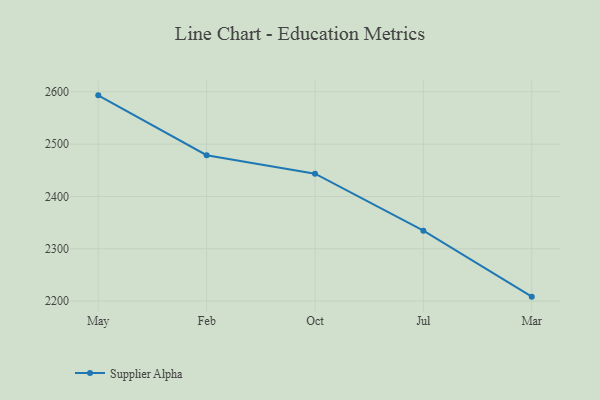
{"axis": {"x": "Month", "y": "Bounce Rate (%)"}, "legend": ["Supplier Alpha"], "data": [{"x": "May", "y": 2593.3, "type": "Supplier Alpha"}, {"x": "Feb", "y": 2478.8, "type": "Supplier Alpha"}, {"x": "Oct", "y": 2443.6, "type": "Supplier Alpha"}, {"x": "Jul", "y": 2334.6, "type": "Supplier Alpha"}, {"x": "Mar", "y": 2208.5, "type": "Supplier Alpha"}]}